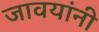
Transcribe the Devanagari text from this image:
जावयांनी